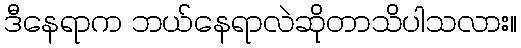
ဒီနေရာက ဘယ်နေရာလဲဆိုတာသိပါသလား။